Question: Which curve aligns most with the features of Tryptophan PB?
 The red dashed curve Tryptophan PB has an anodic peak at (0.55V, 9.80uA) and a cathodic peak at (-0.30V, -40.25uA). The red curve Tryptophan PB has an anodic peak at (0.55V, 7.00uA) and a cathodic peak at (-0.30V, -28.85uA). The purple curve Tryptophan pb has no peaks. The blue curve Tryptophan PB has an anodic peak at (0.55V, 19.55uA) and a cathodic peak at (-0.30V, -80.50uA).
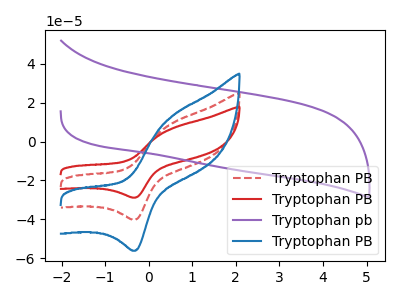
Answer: <think>All the peaks in "Tryptophan PB" have a peak in "Tryptophan PB" at the same potential. Every peak in "Tryptophan PB" is higher than every peak in "Tryptophan PB". "Tryptophan PB" and "Tryptophan pb" have a different number of peaks. All the peaks in "Tryptophan PB" have a peak in "Tryptophan PB" at the same potential. Every peak in "Tryptophan PB" is lower than every peak in "Tryptophan PB". "Tryptophan PB" and "Tryptophan pb" have a different number of peaks. All the peaks in "Tryptophan PB" have a peak in "Tryptophan PB" at the same potential. Every peak in "Tryptophan PB" is lower than every peak in "Tryptophan PB". "Tryptophan pb" and "Tryptophan PB" have a different number of peaks.
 </think>
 <answer>"Tryptophan PB" and "Tryptophan PB" have a similar shape to "Tryptophan PB".</answer>
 <eval>"Tryptophan PB" "Tryptophan PB"</eval>